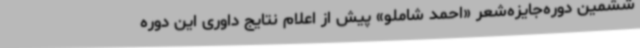
ششمین دوره‌جایزه‌شعر «احمد شاملو» پیش از اعلام نتایج داوری این دوره‌